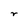
Character: r